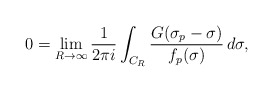
\begin{align*} 0 = \lim_{R\to \infty} \frac{1}{2\pi i}\int_{C_R}\frac{G(\sigma_p-\sigma)}{f_p(\sigma)} \, d\sigma,\end{align*}